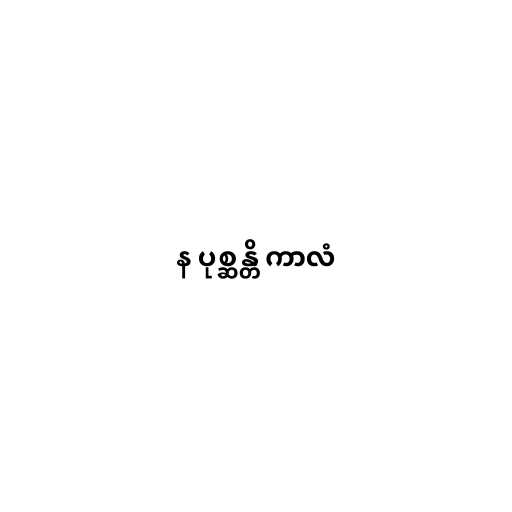
န ပုစ္ဆန္တိ ကာလံ